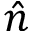
\hat { n }